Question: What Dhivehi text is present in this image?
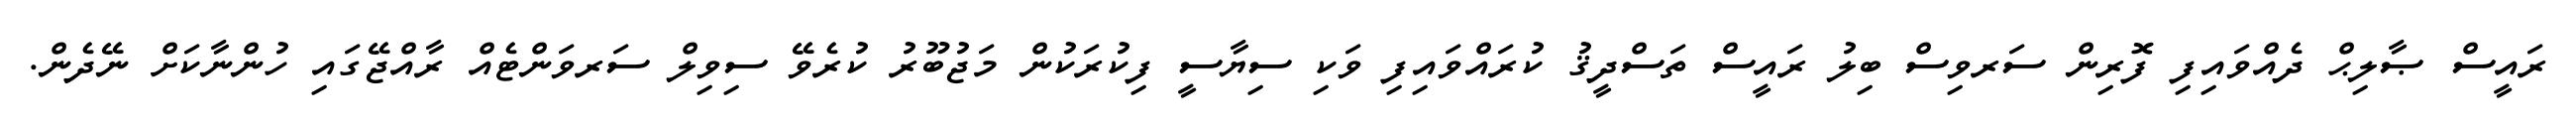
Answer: ރައީސް ޞާލިޙް ދެއްވައިފި ފޮރިން ސަރވިސް ބިލު ރައީސް ތަސްދީޤު ކުރައްވައިފި ވަކި ސިޔާސީ ފިކުރަކުން މަޖުބޫރު ކުރެވޭ ސިވިލް ސަރވަންޓެއް ރާއްޖޭގައި ހުންނާކަށް ނޭދެން.